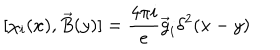
[ \chi _ { i } ( x ) , \vec { B } ( y ) ] = \frac { 4 \pi i } { e } \vec { g } _ { i } \delta ^ { 2 } ( x - y )